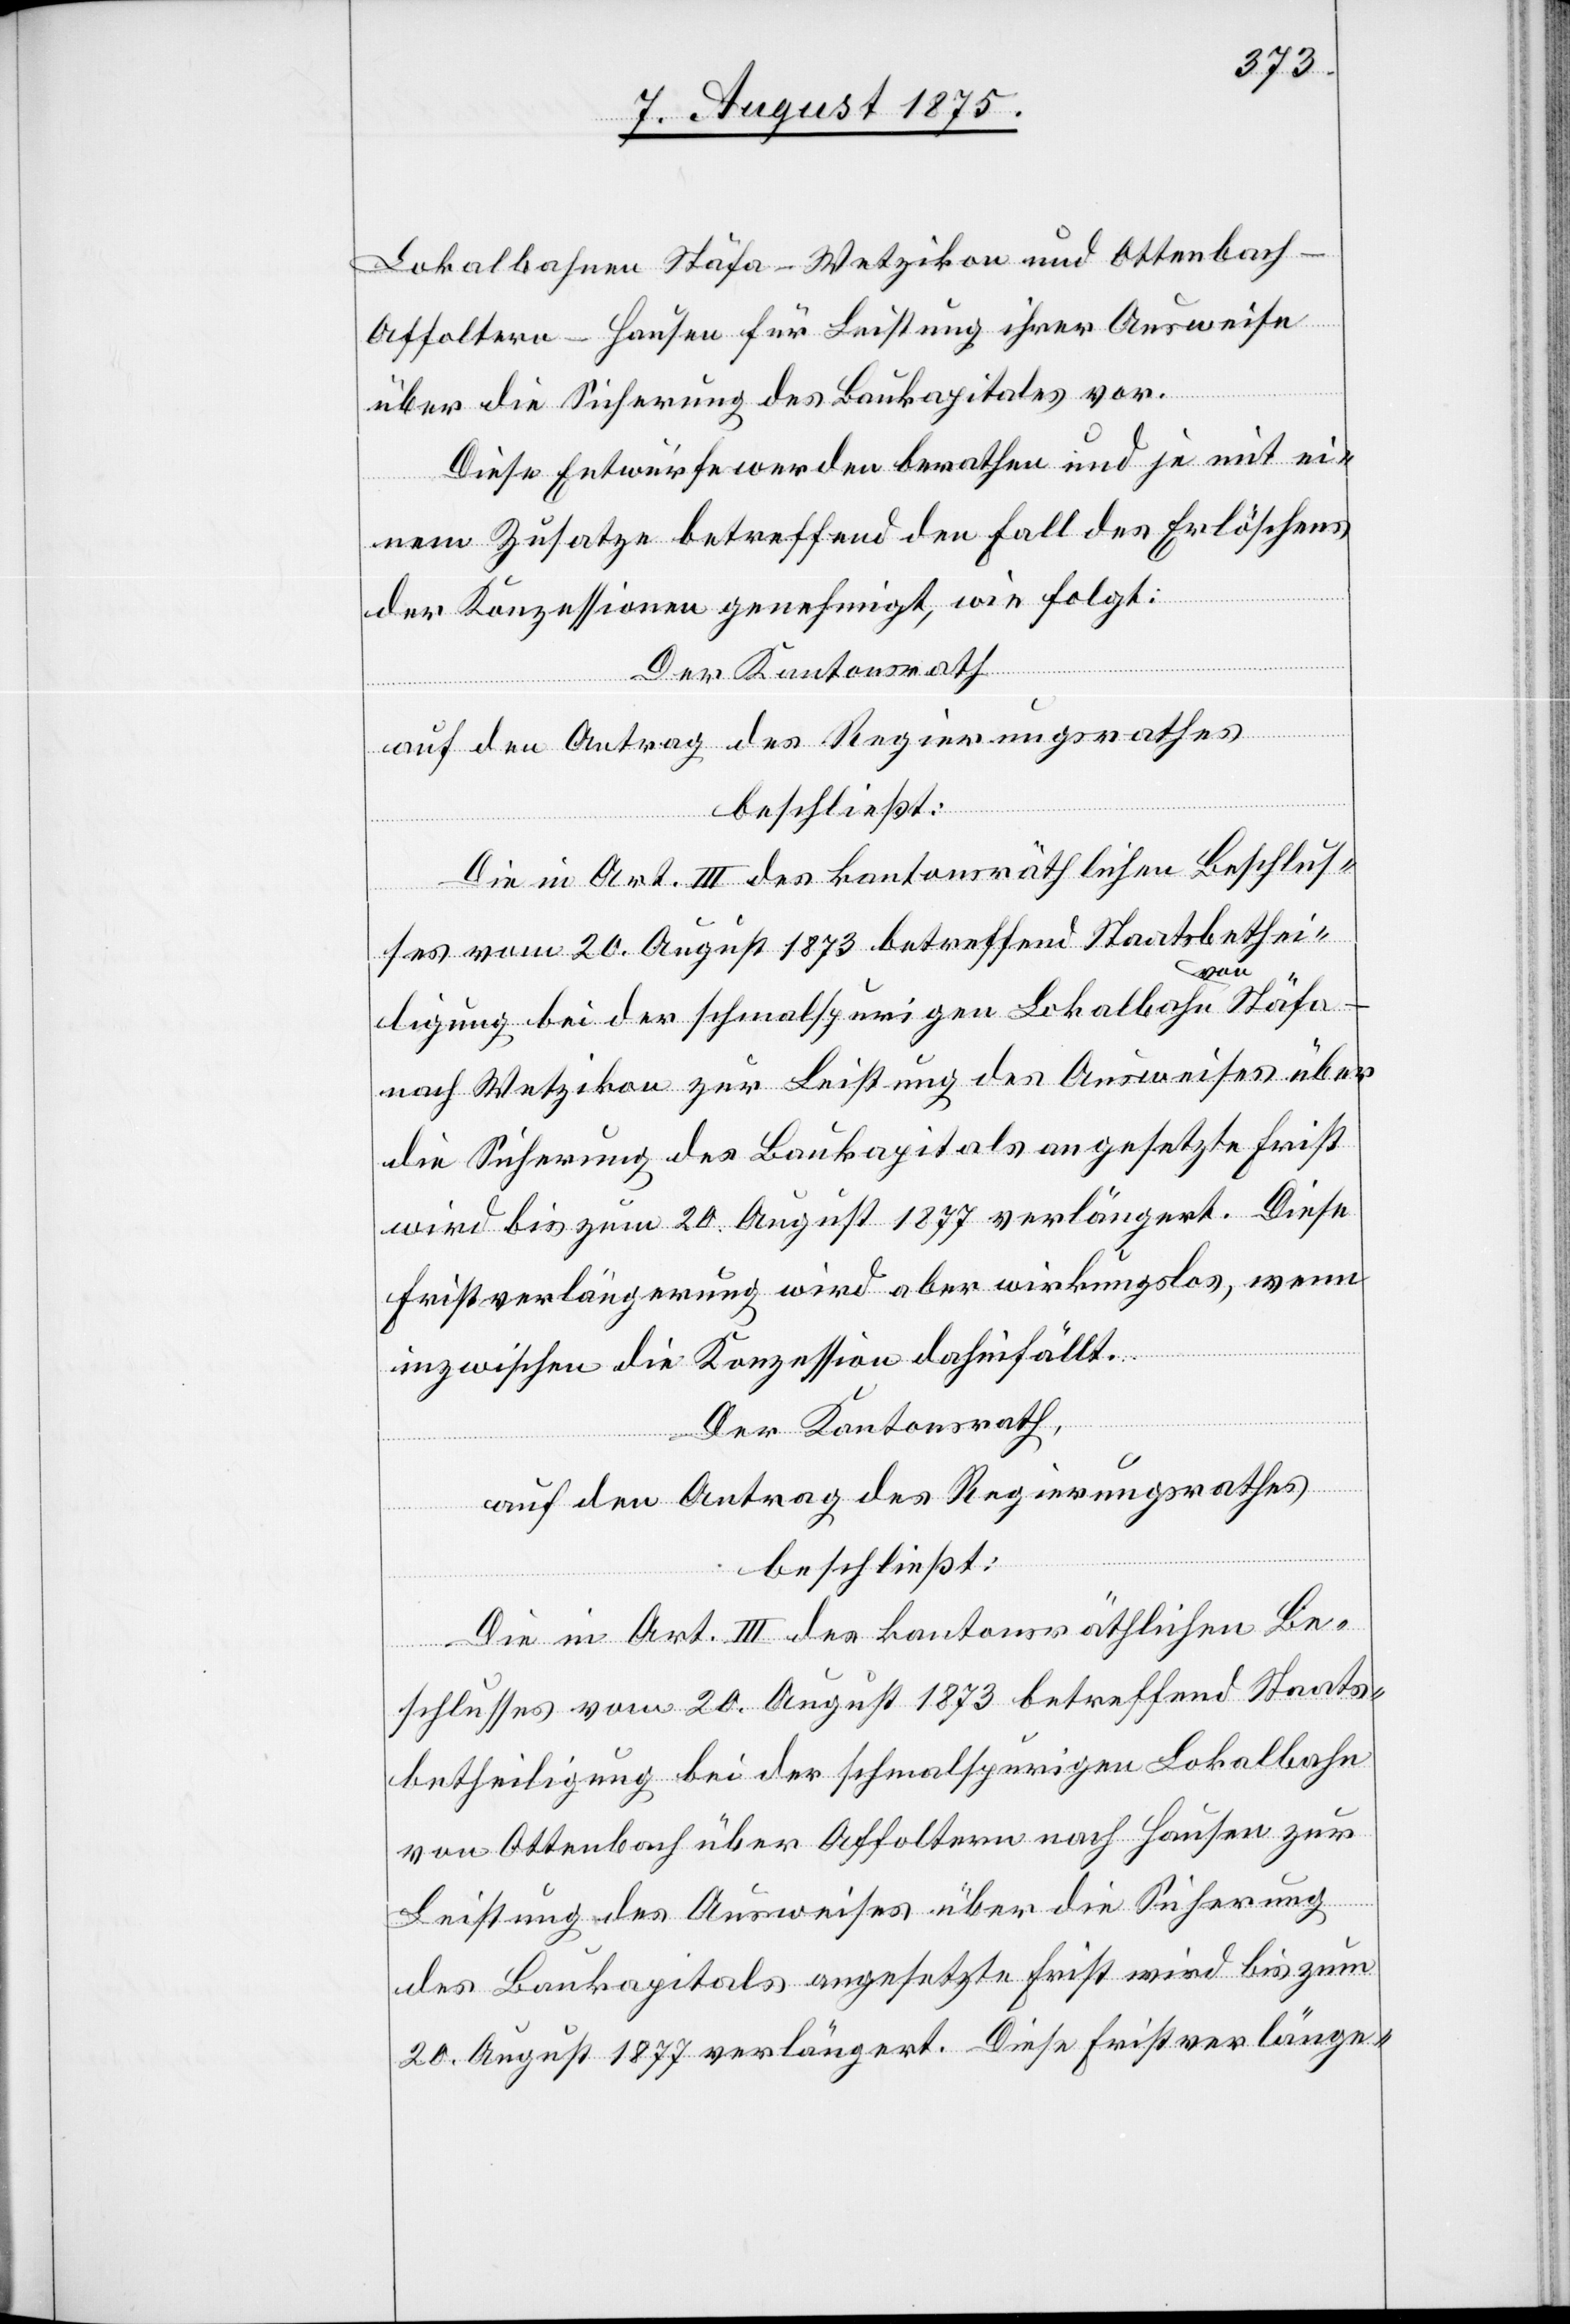
Lokalbahnen Stäfa–Wetzikon und Ottenbach–A¬
ffoltern–Hausen für Leistung ihrer Ausweise
über die Sicherung des Baukapitals vor.
Diese Entwürfe werden berathen und je mit ei¬
nem Zusatze betreffend den Fall des Erlöschens
der Konzessionen genehmigt, wie folgt:
Der Kantonsrath
auf den Antrag des Regierungsrathes
beschließt:
nach Wetzikon zur Leistung des Ausweises über
die Sicherung des Baukapitals angesetzte Frist
wird bis zum 20. August 1877 verlängert. Diese
Fristverlängerung wird aber wirkungslos, wenn
von
inzwischen die Konzession dahinfällt.
Der Kantonsrath,
auf den Antrag des Regierungsrathes
beschließt:
Die in Art III des kantonsräthlichen Be¬
schlusses vom 20. August 1873 betreffend Staats¬
betheiligung bei der schmalspurigen Lokalbahn
von Ottenbach über Affoltern nach Hausen zur
Leistung des Ausweises über die Sicherung
des Baukapitals angesetzte Frist wird bis zum
20. August 1877 verlängert. Diese Fristverlänge-